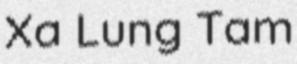
Xa Lung Tam